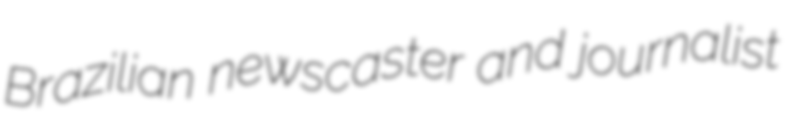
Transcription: Brazilian newscaster and journalist